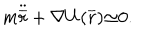
m { \ddot { \overline { { r } } } } + { \nabla U ( { \overline { { r } } } } ) { \simeq } 0 .